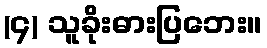
(၄) သူခိုးဓားပြဘေး။